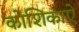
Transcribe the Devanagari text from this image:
कोशिकाऐ